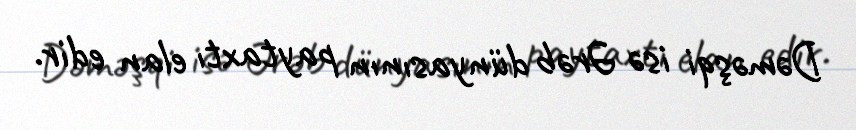
Dəməşqi isə Ərəb dünyasının paytaxtı elan edir.